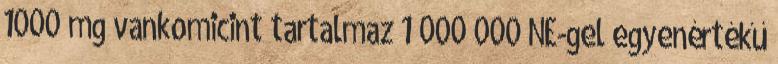
1000 mg vankomicint tartalmaz 1 000 000 NE-gel egyenértékű